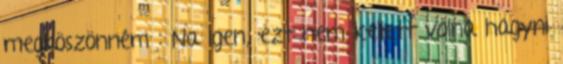
megköszönném : Na igen, ezt nem kellett volna hagyni